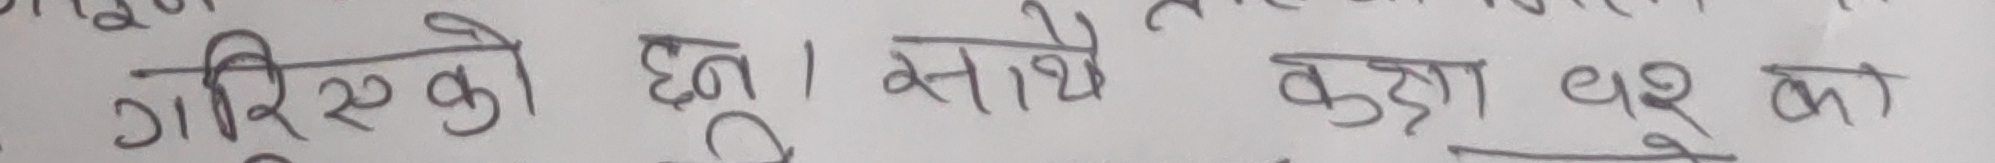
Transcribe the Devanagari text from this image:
गरिएको छ। साथै कडा डरको